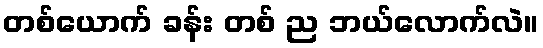
တစ်ယောက် ခန်း တစ် ည ဘယ်လောက်လဲ။